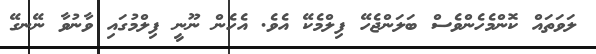
ލަވަތައް ކޮންމެހެންވެސް ބަލަންޖެހޭ ފިލްމެކޭ އެވެ. އެހެން ނޫނީ ފިލްމުގައި ވާނުވާ ނޭނގޭ